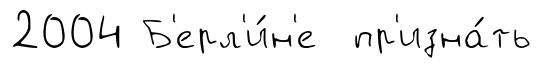
2004 Б'ерл'и́н'е пр'изна́ть